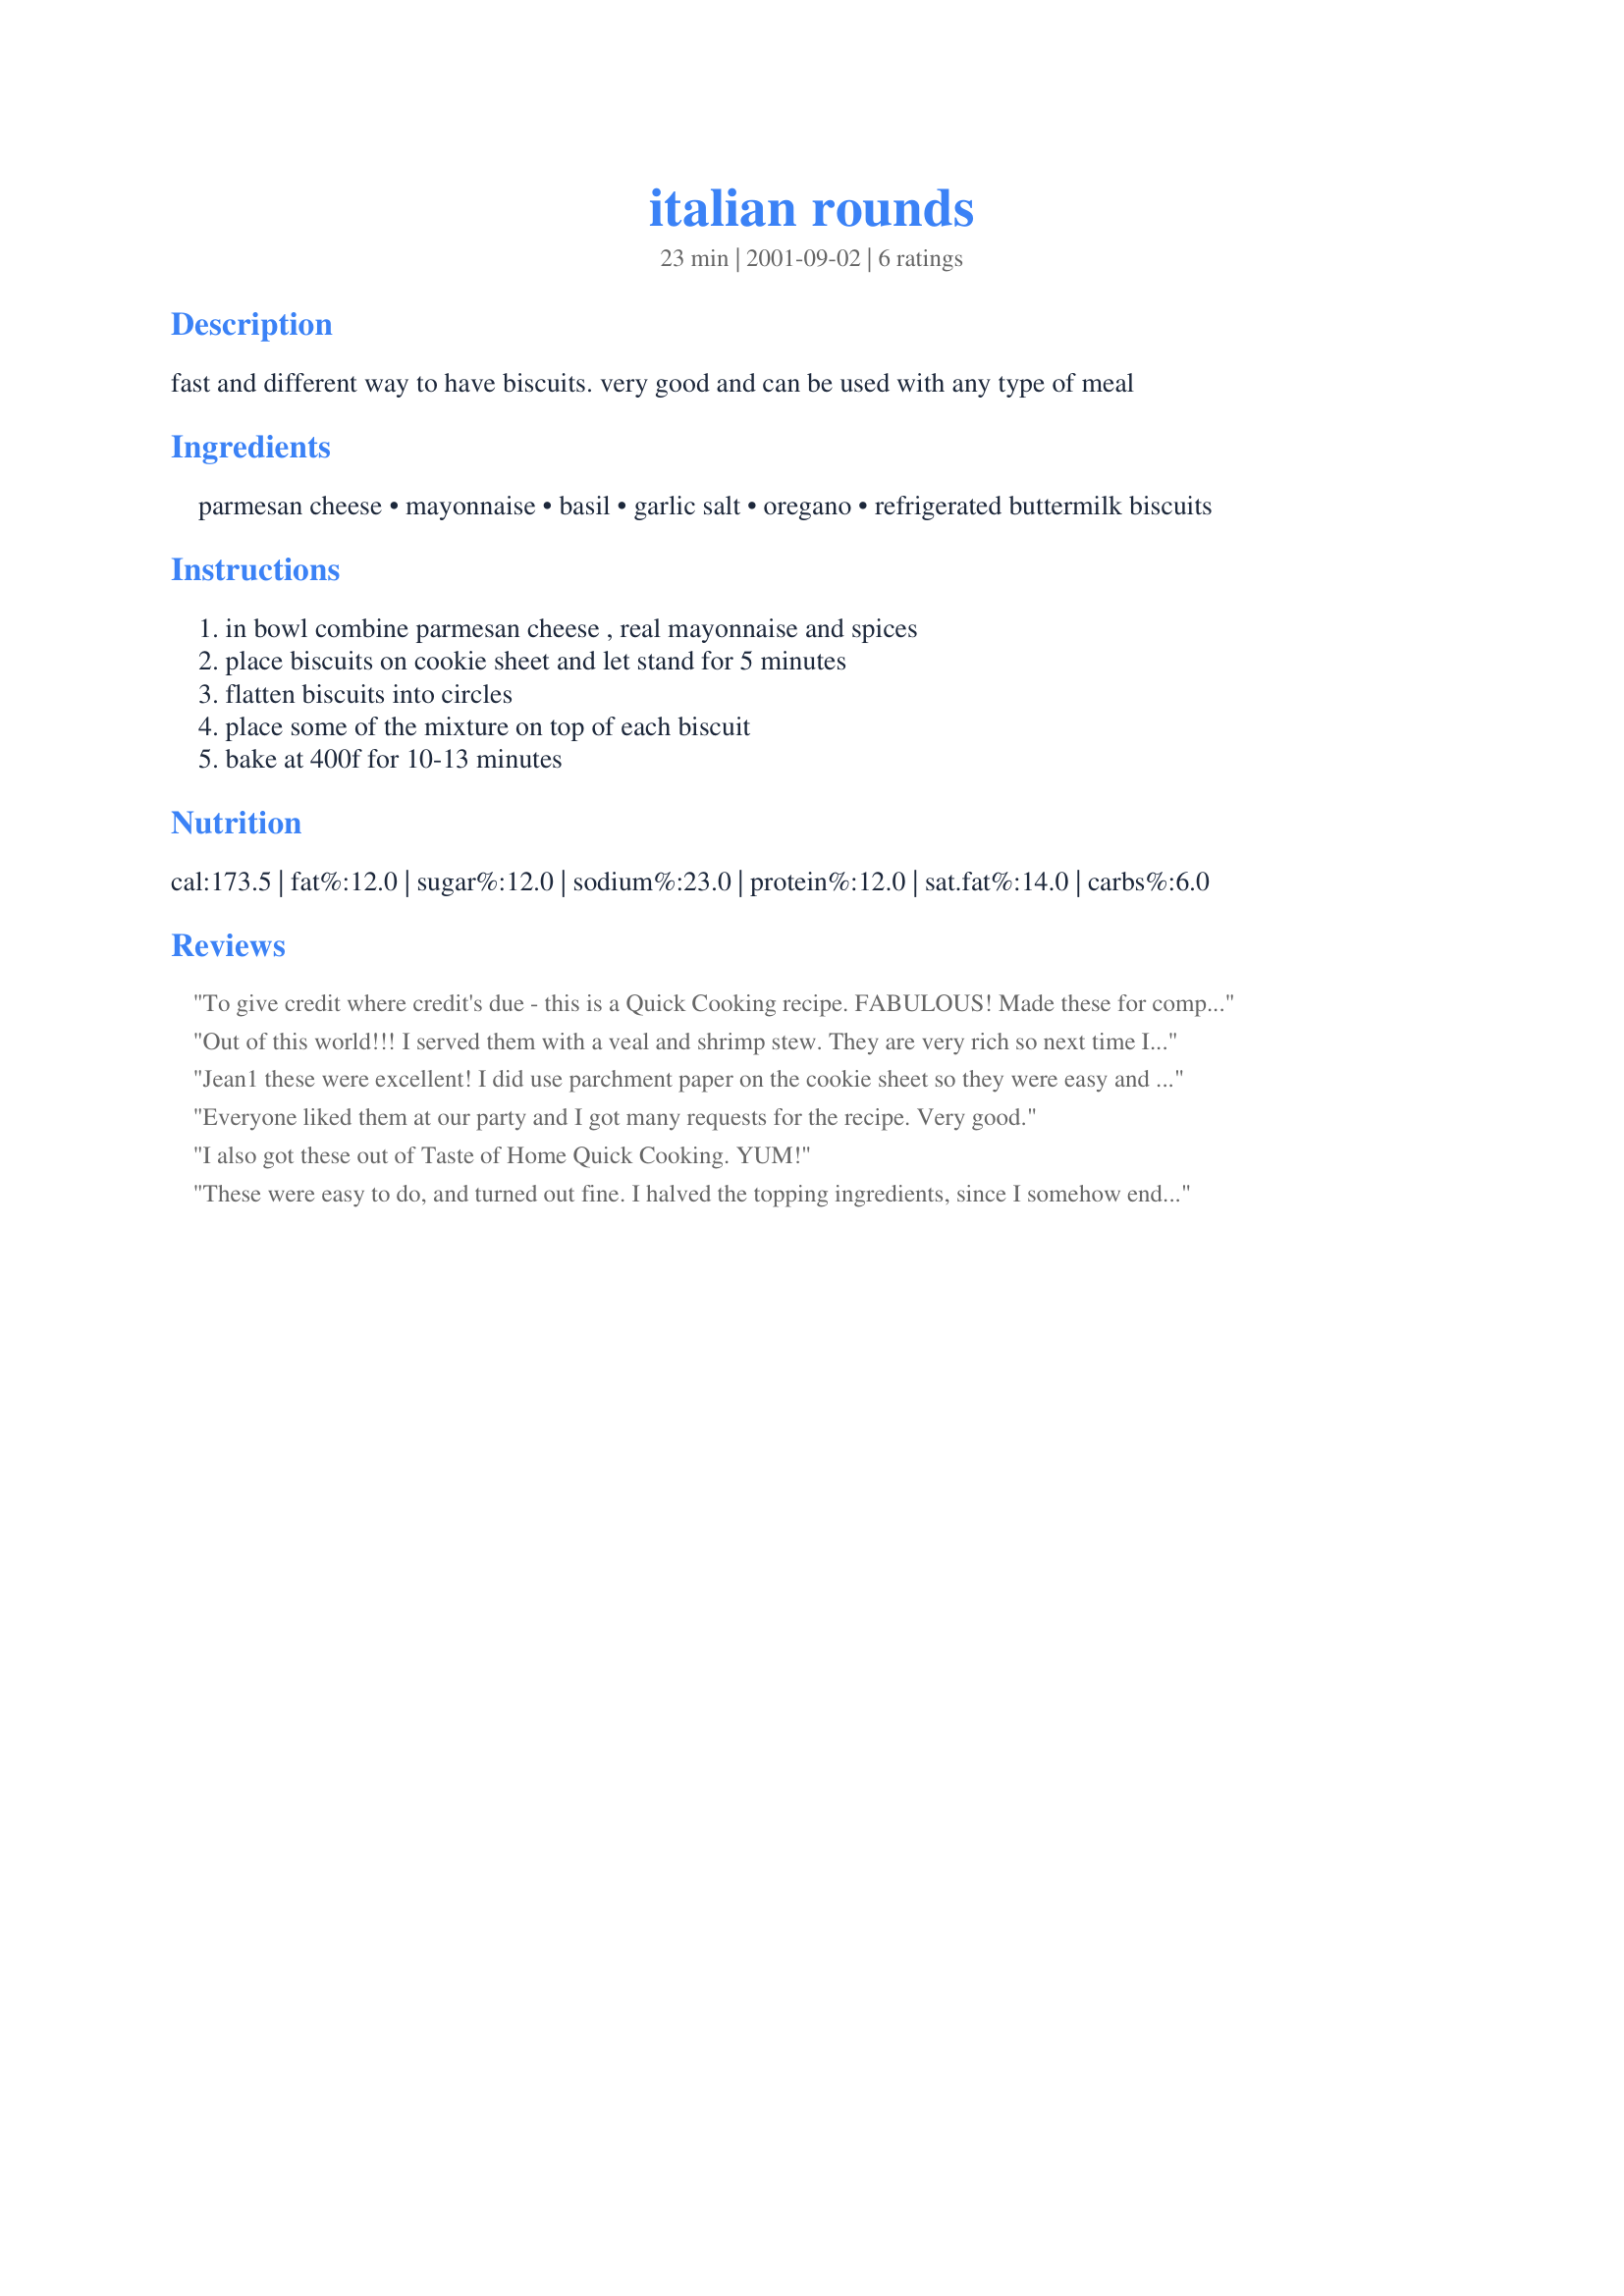
italian rounds
Preparation time: 23 minutes

fast and different way to have biscuits. very good and can be used with any type of meal

Ingredients:
parmesan cheese, mayonnaise, basil, garlic salt, oregano, refrigerated buttermilk biscuits

Steps:
in bowl combine parmesan cheese , real mayonnaise and spices, place biscuits on cookie sheet and let stand for 5 minutes, flatten biscuits into circles, place some of the mixture on top of each biscuit, bake at 400f for 10-13 minutes

Reviews:
To give credit where credit's due - this is a Quick Cooking recipe. FABULOUS! Made these for company last night along w/ ribs, garlic fries, and tater dipped veggies. MMMmm!
Out of this world!!! I served them with a veal and shrimp stew. They are very rich so next time I will serve them with main course that is not so rich.
Jean1 these were excellent! I did use parchment paper on the cookie sheet so they were easy and with no clean-up. My DH raved and he never raves about anything, so thanks!
Everyone liked them at our party and I got many requests for the recipe. Very good.
I also got these out of Taste of Home Quick Cooking. YUM!
These were easy to do, and turned out fine. I halved the topping ingredients, since I somehow ended up with a smaller (7 oz) can of biscuits. I didn't have any problems, but I got mixed reviews - I think that the mayo might have added an odd hint, or maybe it was the biscuits themselves.
